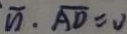
\overline { n } \cdot \overline { A D } = J